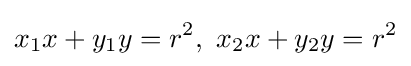
x_{1}x+y_{1}y=r^{2},\ x_{2}x+y_{2}y=r^{2}